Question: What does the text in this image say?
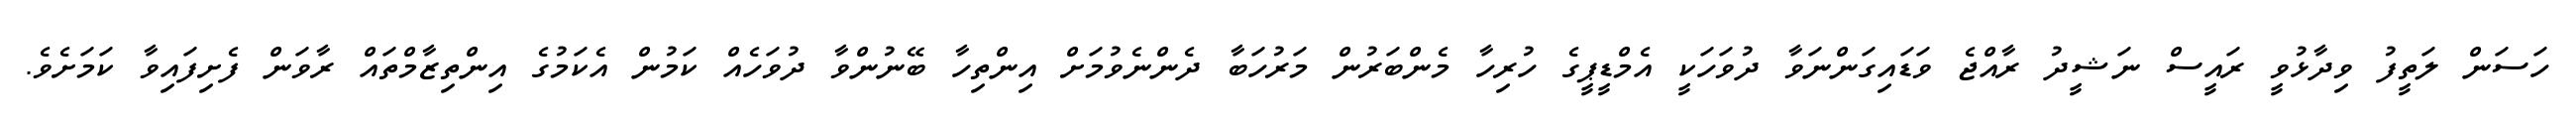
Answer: ހަސަން ލަތީފު ވިދާޅުވީ ރައީސް ނަޝީދު ރާއްޖެ ވަޑައިގަންނަވާ ދުވަހަކީ އެމްޑީޕީގެ ހުރިހާ މެންބަރުން މަރުހަބާ ދެންނެވުމަށް އިންތިހާ ބޭނުންވާ ދުވަހެއް ކަމުން އެކަމުގެ އިންތިޒާމްތައް ރާވަން ފެށިފައިވާ ކަމަށެވެ.